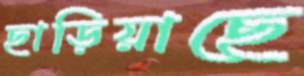
ছাড়িয়াছে